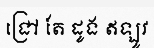
ជ្រៅ តែ ដូង ឥឡូវ